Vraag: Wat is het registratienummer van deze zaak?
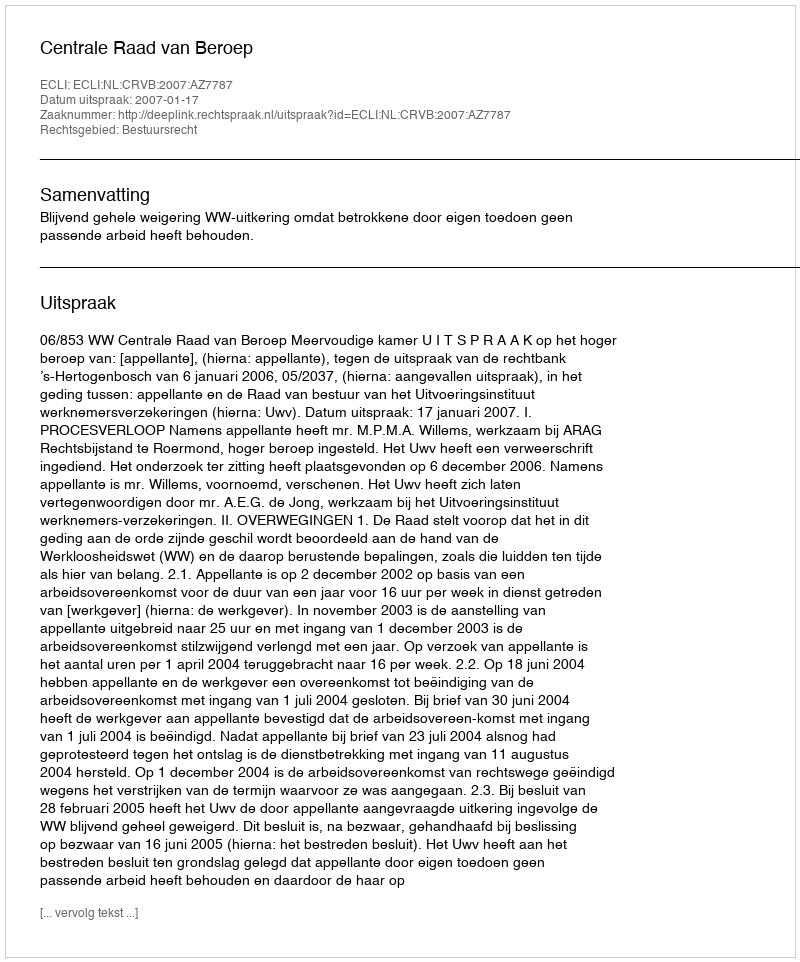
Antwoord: http://deeplink.rechtspraak.nl/uitspraak?id=ECLI:NL:CRVB:2007:AZ7787